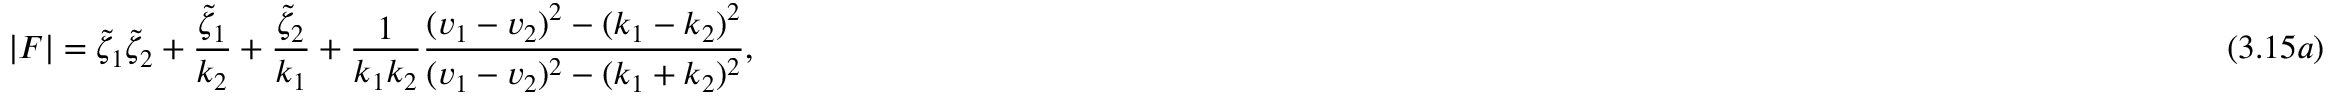
| F | = \tilde { \zeta } _ { 1 } \tilde { \zeta } _ { 2 } + { \frac { \tilde { \zeta } _ { 1 } } { k _ { 2 } } } + { \frac { \tilde { \zeta } _ { 2 } } { k _ { 1 } } } + { \frac { 1 } { k _ { 1 } k _ { 2 } } } { \frac { ( v _ { 1 } - v _ { 2 } ) ^ { 2 } - ( k _ { 1 } - k _ { 2 } ) ^ { 2 } } { ( v _ { 1 } - v _ { 2 } ) ^ { 2 } - ( k _ { 1 } + k _ { 2 } ) ^ { 2 } } } , \eqno ( 3 . 1 5 a )